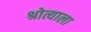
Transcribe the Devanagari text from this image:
श्रोत्याला